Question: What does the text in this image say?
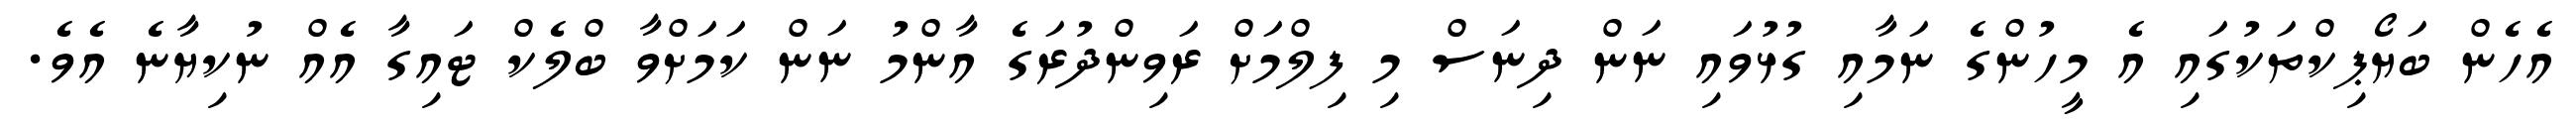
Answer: އެހެން ބަޔޯޕިކްތަކުގައި އެ މީހުންގެ ނަމާއި ގުޅުވައި ނަން ދިނަސް މި ފިލްމަށް ރަވިންދުރަގެ އާންމު ނަން ކަމަށްވާ ބްލެކް ޓައިގާ އެއް ނުކިޔާނެ އެވެ.